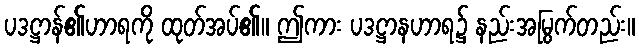
ပဒဋ္ဌာန်၏ဟာရကို ထုတ်အပ်၏။ ဤကား ပဒဋ္ဌာနဟာရ၌ နည်းအမြွက်တည်း။